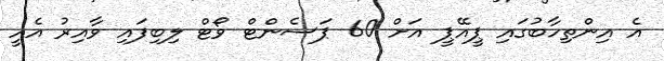
އެ އިންތިހާބުގައި ޕީއޭޕީ އަށް 60 ޕަސެންޓް ވޯޓް ލިބިފައި ވާއިރު އެއީ